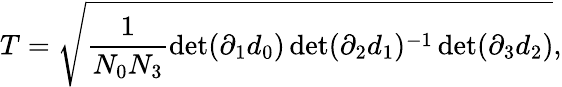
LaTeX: T=\sqrt{\frac{1}{N_{0}N_{3}}\operatorname*{det}(\partial_{1}d_{0})\operatorname*{det}(\partial_{2}d_{1})^{-1}\operatorname*{det}(\partial_{3}d_{2})},